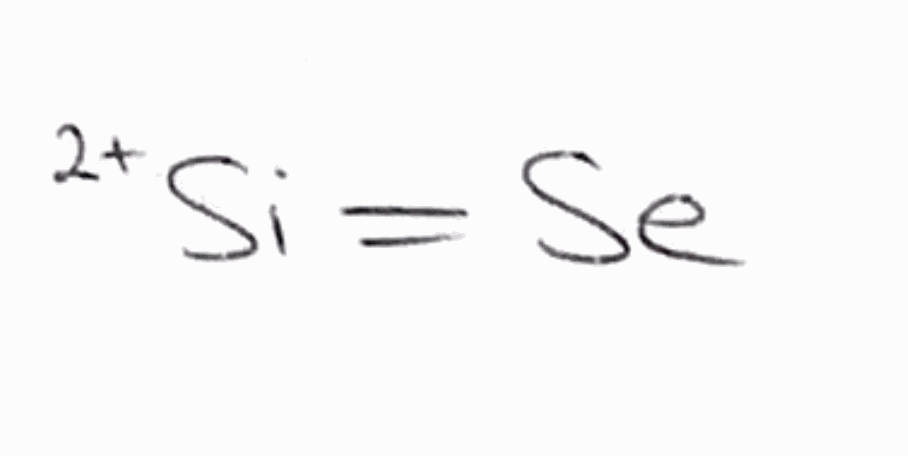
Simplified molecular-input line-entry system (SMILES) notation of the given molecule:
[Si+2]=[Se]